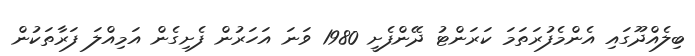
ބިލެއްދޫގައި އެންމެފުރަތަމަ ކަރަންޓު ދޭންފެށީ 1980 ވަނަ އަހަރުން ފެށިގެން އަމިއްލަ ފަރާތަކުން